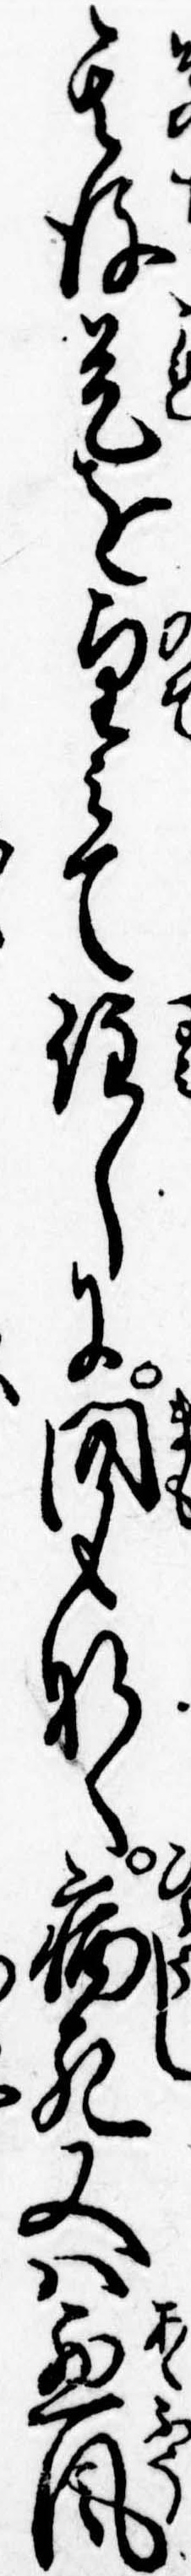
其後是を望みて住しに間もなく病死又は悪風